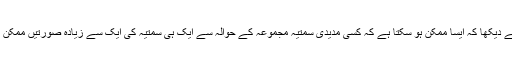
ہم نے دیکھا کہ ایسا ممکن ہو سکتا ہے کہ کسی مدیدی سمتیہ مجموعہ کے حوالہ سے ایک ہی سمتیہ کی ایک سے زیادہ صورتیں ممکن ہوں۔